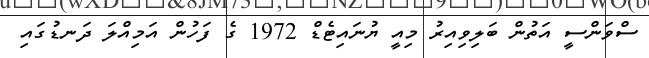
ސްވަންސީ އަތުން ބަލިވިއިރު މިއީ ޔުނައިޓެޑް 1972 ގެ ފަހުން އަމިއްލަ ދަނޑުގައި